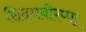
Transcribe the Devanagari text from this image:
सिद्धवीरप्पा